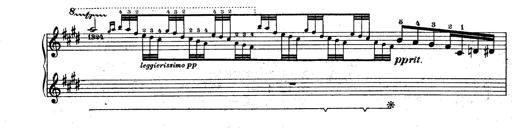
Title: Le rossignol
Composer: Franz Liszt